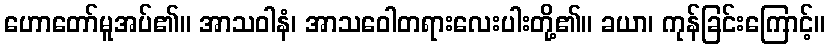
ဟောတော်မူအပ်၏။ အာသဝါနံ၊ အာသဝေါတရားလေးပါးတို့၏။ ခယာ၊ ကုန်ခြင်းကြောင့်။